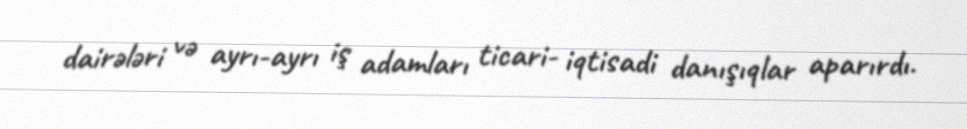
dairələri və ayrı-ayrı iş adamları ticari- iqtisadi danışıqlar aparırdı.